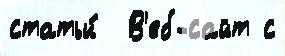
статьи́  В'еб-сайт с